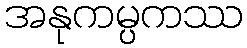
အနုကမ္ပကဿ